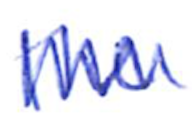
Text: the
Cross-out: zig-zag
Writing tool: ballpoint